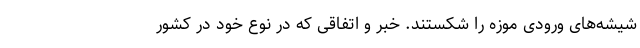
شیشه‌های ورودی موزه را شکستند. خبر و اتفاقی که در نوع خود در کشور